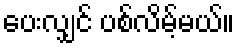
ပေးလျှင် ပစ်လိမ့်မယ်။